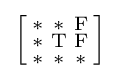
{\Bigl [}{\begin{smallmatrix}\mathrm {*} &\mathrm {*} &\mathrm {F} \\\mathrm {*} &\mathrm {T} &\mathrm {F} \\\mathrm {*} &\mathrm {*} &\mathrm {*} \end{smallmatrix}}{\Bigr ]}